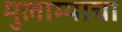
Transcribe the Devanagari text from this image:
मुलाम्याचा